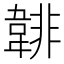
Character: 𩎻